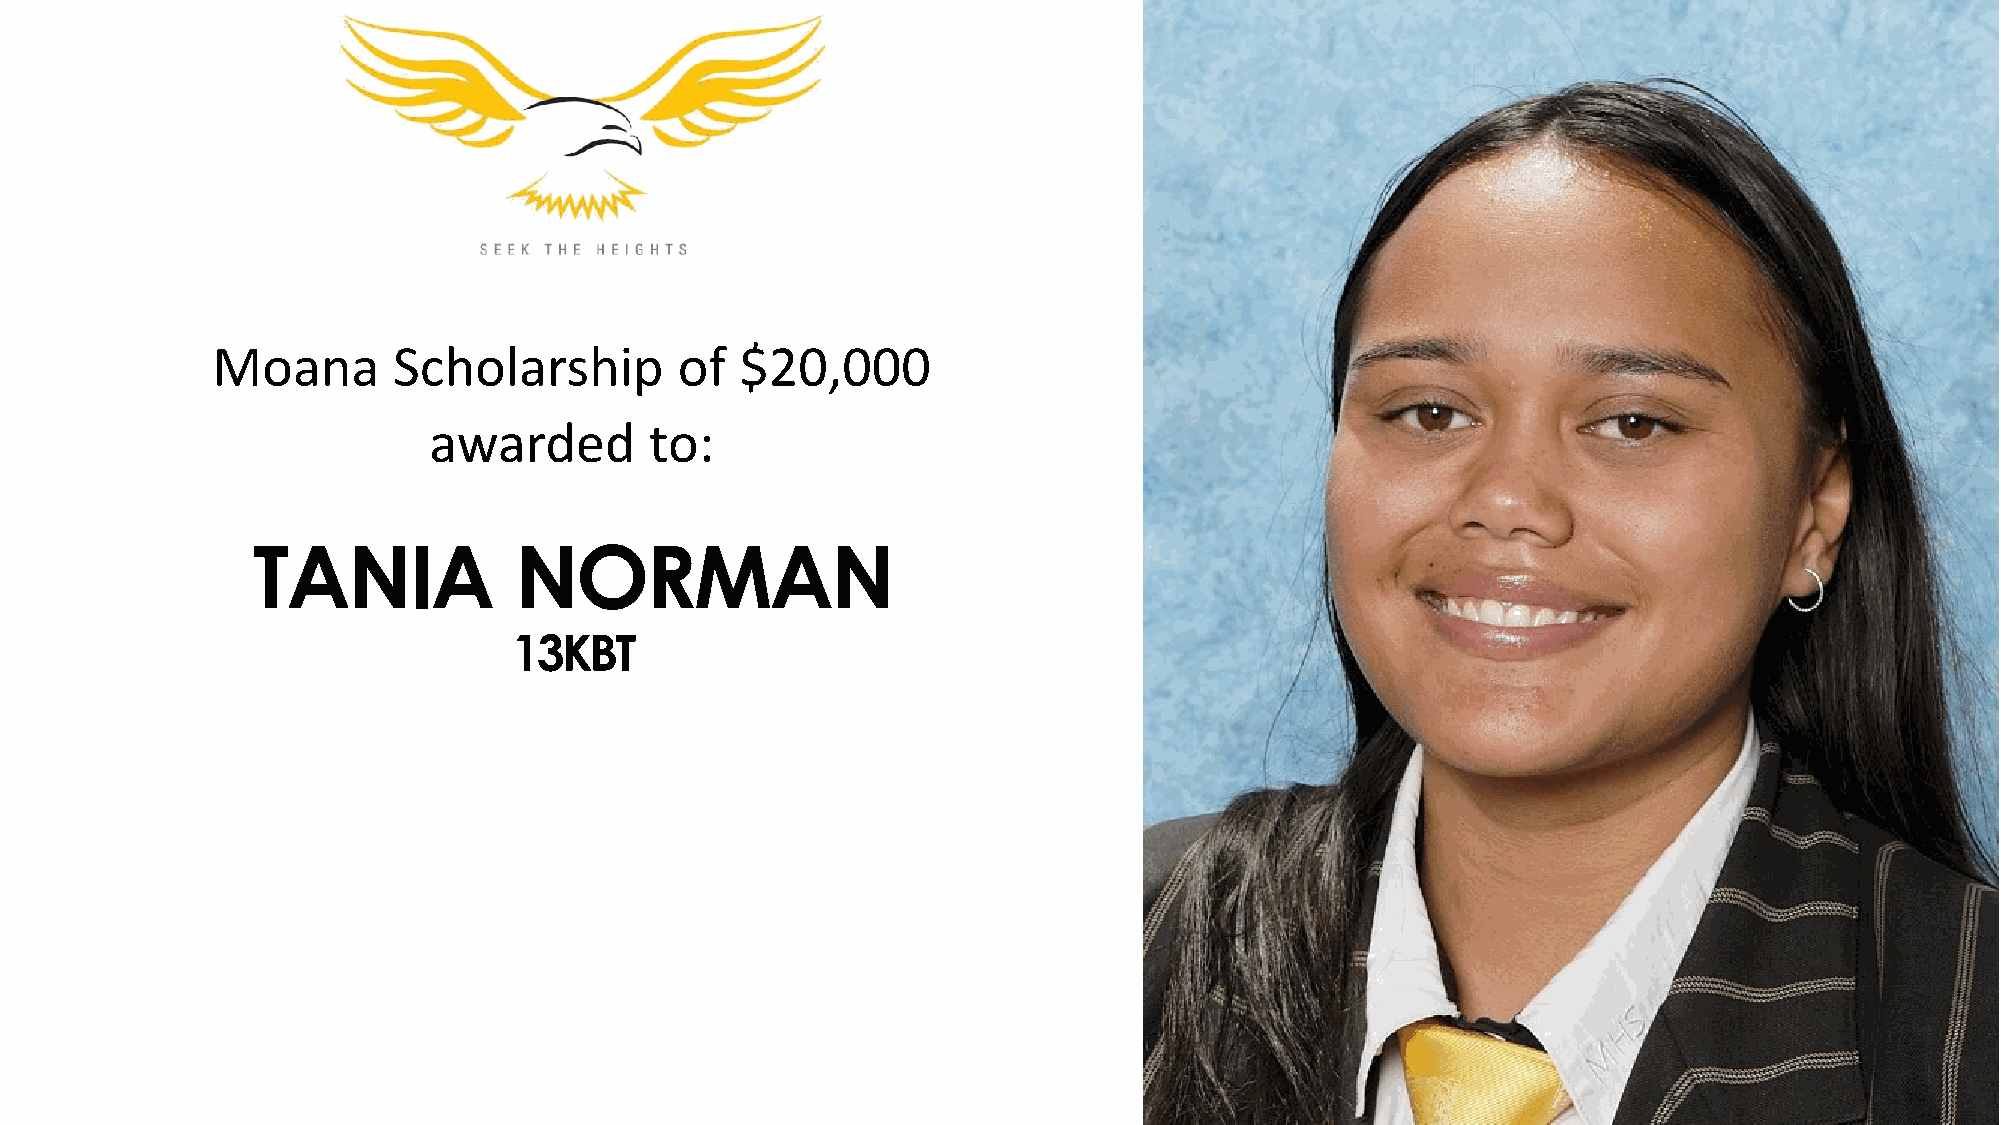
Moana       Scholarship        of  $20,000
 awarded        to:
 TANIA            NORMAN
 13KBT